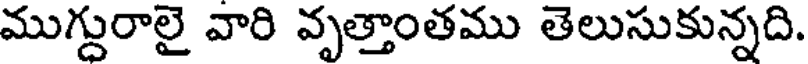
ముగ్దురాలై వారి వృత్తాంతము తెలుసుకున్నది.